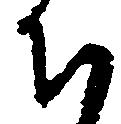
ち